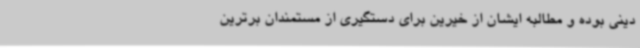
دینی بوده و مطالبه ایشان از خیرین برای دستگیری از مستمندان برترین